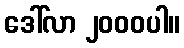
ဒေါ်လာ ၂၀၀၀ပါ။